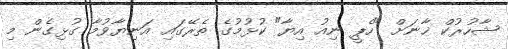
ޝާހުރުކް ޚާނަށް "ހެޕީ ނިއު އިޔާ" ކުޅުމުގެ ތެރޭގައި އަނިޔާވުމާ ގުޅިގެން މި